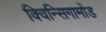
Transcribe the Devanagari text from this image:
क्विन्सिगामोंड